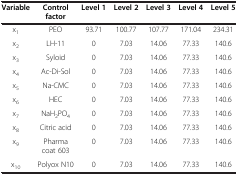
<table><thead><tr><td><b>Variable</b></td><td><b>Control factor</b></td><td><b>Level 1</b></td><td><b>Level 2</b></td><td><b>Level 3</b></td><td><b>Level 4</b></td><td><b>Level 5</b></td></tr></thead><tbody><tr><td>x<sub>1</sub></td><td>PEO</td><td>93.71</td><td>100.77</td><td>107.77</td><td>171.04</td><td>234.31</td></tr><tr><td>x<sub>2</sub></td><td>LH-11</td><td>0</td><td>7.03</td><td>14.06</td><td>77.33</td><td>140.6</td></tr><tr><td>x<sub>3</sub></td><td>Syloid</td><td>0</td><td>7.03</td><td>14.06</td><td>77.33</td><td>140.6</td></tr><tr><td>x<sub>4</sub></td><td>Ac-Di-Sol</td><td>0</td><td>7.03</td><td>14.06</td><td>77.33</td><td>140.6</td></tr><tr><td>x<sub>5</sub></td><td>Na-CMC</td><td>0</td><td>7.03</td><td>14.06</td><td>77.33</td><td>140.6</td></tr><tr><td>x<sub>6</sub></td><td>HEC</td><td>0</td><td>7.03</td><td>14.06</td><td>77.33</td><td>140.6</td></tr><tr><td>x<sub>7</sub></td><td>NaH<sub>2</sub>PO<sub>4</sub></td><td>0</td><td>7.03</td><td>14.06</td><td>77.33</td><td>140.6</td></tr><tr><td>x<sub>8</sub></td><td>Citric acid</td><td>0</td><td>7.03</td><td>14.06</td><td>77.33</td><td>140.6</td></tr><tr><td>x<sub>9</sub></td><td>Pharma coat 603</td><td>0</td><td>7.03</td><td>14.06</td><td>77.33</td><td>140.6</td></tr><tr><td>x<sub>10</sub></td><td>Polyox N10</td><td>0</td><td>7.03</td><td>14.06</td><td>77.33</td><td>140.6</td></tr></tbody></table>